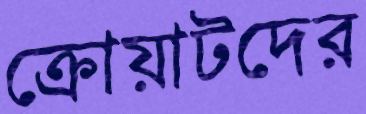
ক্রোয়াটদের